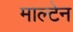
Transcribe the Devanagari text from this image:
माल्टेन